Leaving Certificate, 1924
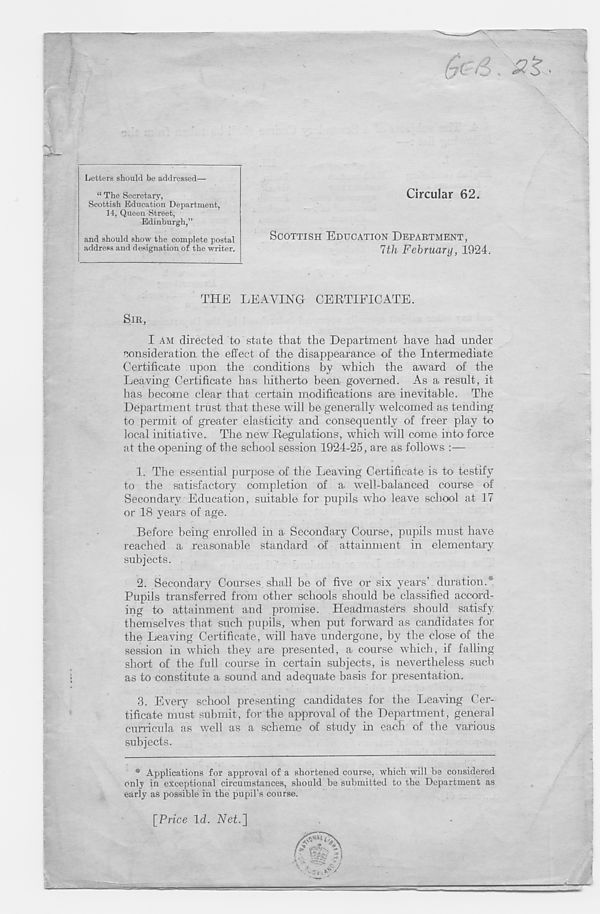
Letters should be addressed—
“ The Secretary,
Scottish Education Department,
14, Queen Street,
Edinburgh,”
and should show the complete postal
address and designation of the writer.
Circular 62.
SCOTTISH EDUCATION DEPARTMENT,
7th February, 1924.
SIR,
THE LEAVING CERTIFICATE.
I AM directed to state that the Department have had under
consideration the effect of the disappearance of the Intermediate
Certificate upon the conditions by which the award of the
Leaving Certificate has hitherto been governed. As a result, it
has become clear that certain modifications are inevitable. The
Department trust that these will he generally welcomed as tending
to permit of greater elasticity and consequently of freer play to
local initiative. The new Regulations, which will come into force
at the opening of the school session 1924-25, are as follows :—
1.
The essential purpose of the
to the satisfactory completion of a well-balanced course of
Secondary Education, suitable for pupils who leave school at 17
or 18 years of age.
Before being enrolled in a Secondary Course, pupils must have
reached a reasonable standard of attainment in elementary
subjects.
2. Secondary Courses, shall be of five or six years’ duration.*
Pupils transferred from other schools should be classified accord-
ing to attainment and promise. Headmasters should satisfy
themselves that such pupils, when put forward as candidates for
the Leaving Certificate, will have undergone, by the close of the
session in which they are presented, a course which, if falling
short of the full course in certain subjects, is nevertheless such
as to constitute a sound and adequate basis for presentation.
3. Every school presenting candidates for the Leaving Cer-
tificate must submit, for the approval of the Department, general
curricula as well as a scheme of study in each of the various
subjects.
* Applications for approval of a shortened course, which will be considered
only in exceptional circumstances, should be submitted to the Department as
early as possible in the pupil’s course.
[Price Id. Vet.]